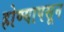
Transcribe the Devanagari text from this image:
होण्यापसून